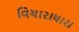
વિચારાધારા